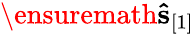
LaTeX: \ensuremath{\mathbf{\hat{s}}}_{[1]}